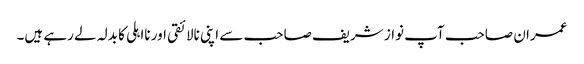
عمران صاحب آپ نواز شریف صاحب سے اپنی نالائقی اور نااہلی کا بدلہ لے رہے ہیں۔